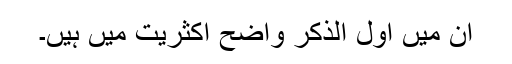
ان میں اول الذکر واضح اکثریت میں ہیں۔